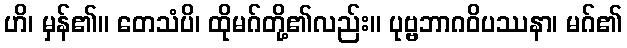
ဟိ၊ မှန်၏။ တေသံပိ၊ ထိုမဂ်တို့၏လည်း။ ပုဗ္ဗဘာဂဝိပဿနာ၊ မဂ်၏